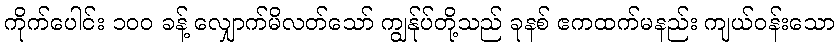
ကိုက်ပေါင်း ၁၀၀ ခန့် လျှောက်မိလတ်သော် ကျွန်ုပ်တို့သည် ခုနစ် ဧကထက်မနည်း ကျယ်ဝန်းသော